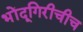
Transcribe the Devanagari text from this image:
भोंदूगिरीचीच